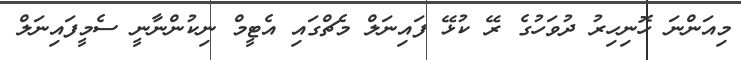
މިއަންނަ ހޮނިހިރު ދުވަހުގެ ރޭ ކުޅޭ ފައިނަލް މެޗްގައި އެޓީމް ނިކުންނާނީ ސެމީފައިނަލް